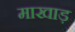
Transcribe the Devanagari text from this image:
माखाड़